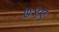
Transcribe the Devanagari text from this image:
७९ए